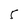
Character: 5